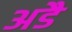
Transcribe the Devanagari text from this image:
अडै